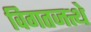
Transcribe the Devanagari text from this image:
विगतजत्थे